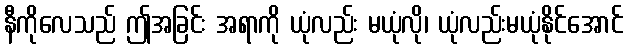
နီကိုလေသည် ဤအခြင်း အရာကို ယုံလည်း မယုံလို၊ ယုံလည်းမယုံနိုင်အောင်